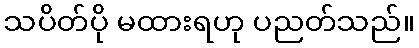
သပိတ်ပို မထားရဟု ပညတ်သည်။